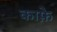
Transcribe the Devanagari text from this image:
काफ़े